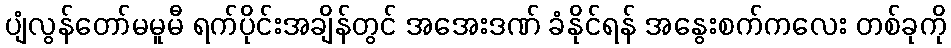
ပျံလွန်တော်မမူမီ ရက်ပိုင်းအချိန်တွင် အအေးဒဏ် ခံနိုင်ရန် အနွေးစက်ကလေး တစ်ခုကို